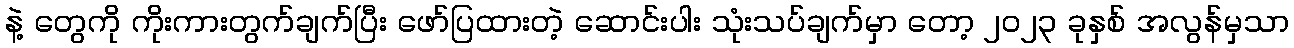
နဲ့ တွေကို ကိုးကားတွက်ချက်ပြီး ဖော်ပြထားတဲ့ ဆောင်းပါး သုံးသပ်ချက်မှာ တော့ ၂၀၂၃ ခုနှစ် အလွန်မှသာ